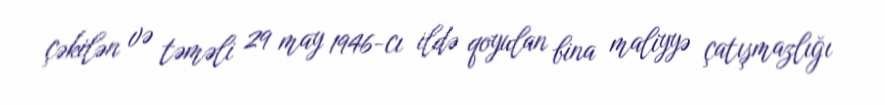
çəkilən və təməli 29 may 1946-cı ildə qoyulan bina maliyyə çatışmazlığı